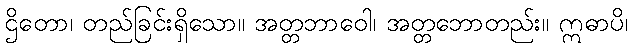
ဌိတော၊ တည်ခြင်းရှိသော။ အတ္တဘာဝေါ၊ အတ္တဘောတည်း။ ဣဓာပိ၊